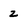
Character: 2